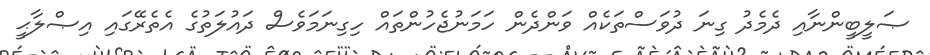
ޞަލީބީންނާއި ދެމެދު ގިނަ ދުވަސްތަކެއް ވަންދެން ހަމަނުޖެހުންތައް ހިގިނަމަވެސް ދައުލަތުގެ އެތެރޭގައި އިޞްލާޙީ